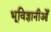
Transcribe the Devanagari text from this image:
भूविज्ञानीओँ